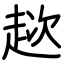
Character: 趑